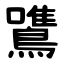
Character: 鷕